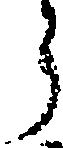
う